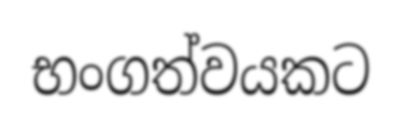
භංගත්වයකට